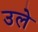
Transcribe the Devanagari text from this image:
उले